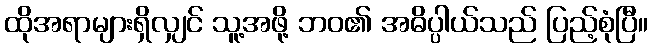
ထိုအရာများရှိလျှင် သူ့အဖို့ ဘဝ၏ အဓိပ္ပါယ်သည် ပြည့်စုံပြီ။